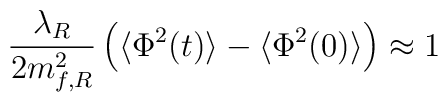
\frac{\lambda_R}{2m^2_{f,R}}\left(\langle\Phi^2(t)\rangle-\langle\Phi^2(0)\rangle\right)\approx 1